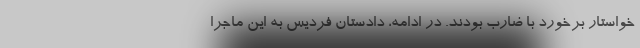
خواستار برخورد با ضارب بودند. در ادامه، دادستان فردیس به این ماجرا